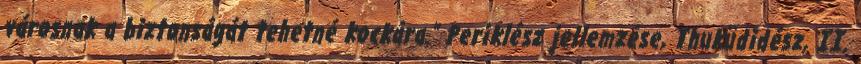
városnak a biztonságát tehetné kockára.” Periklész jellemzése, Thuküdidész, II.